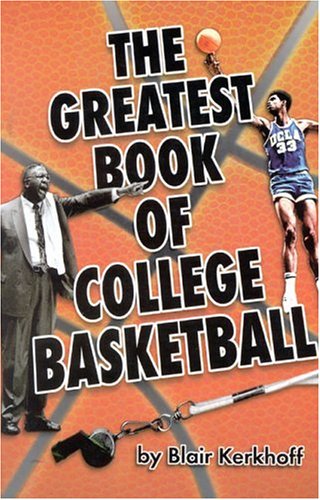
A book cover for Greatest Book of College Basketball; Blair Kerkhoff; Sports & Outdoors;